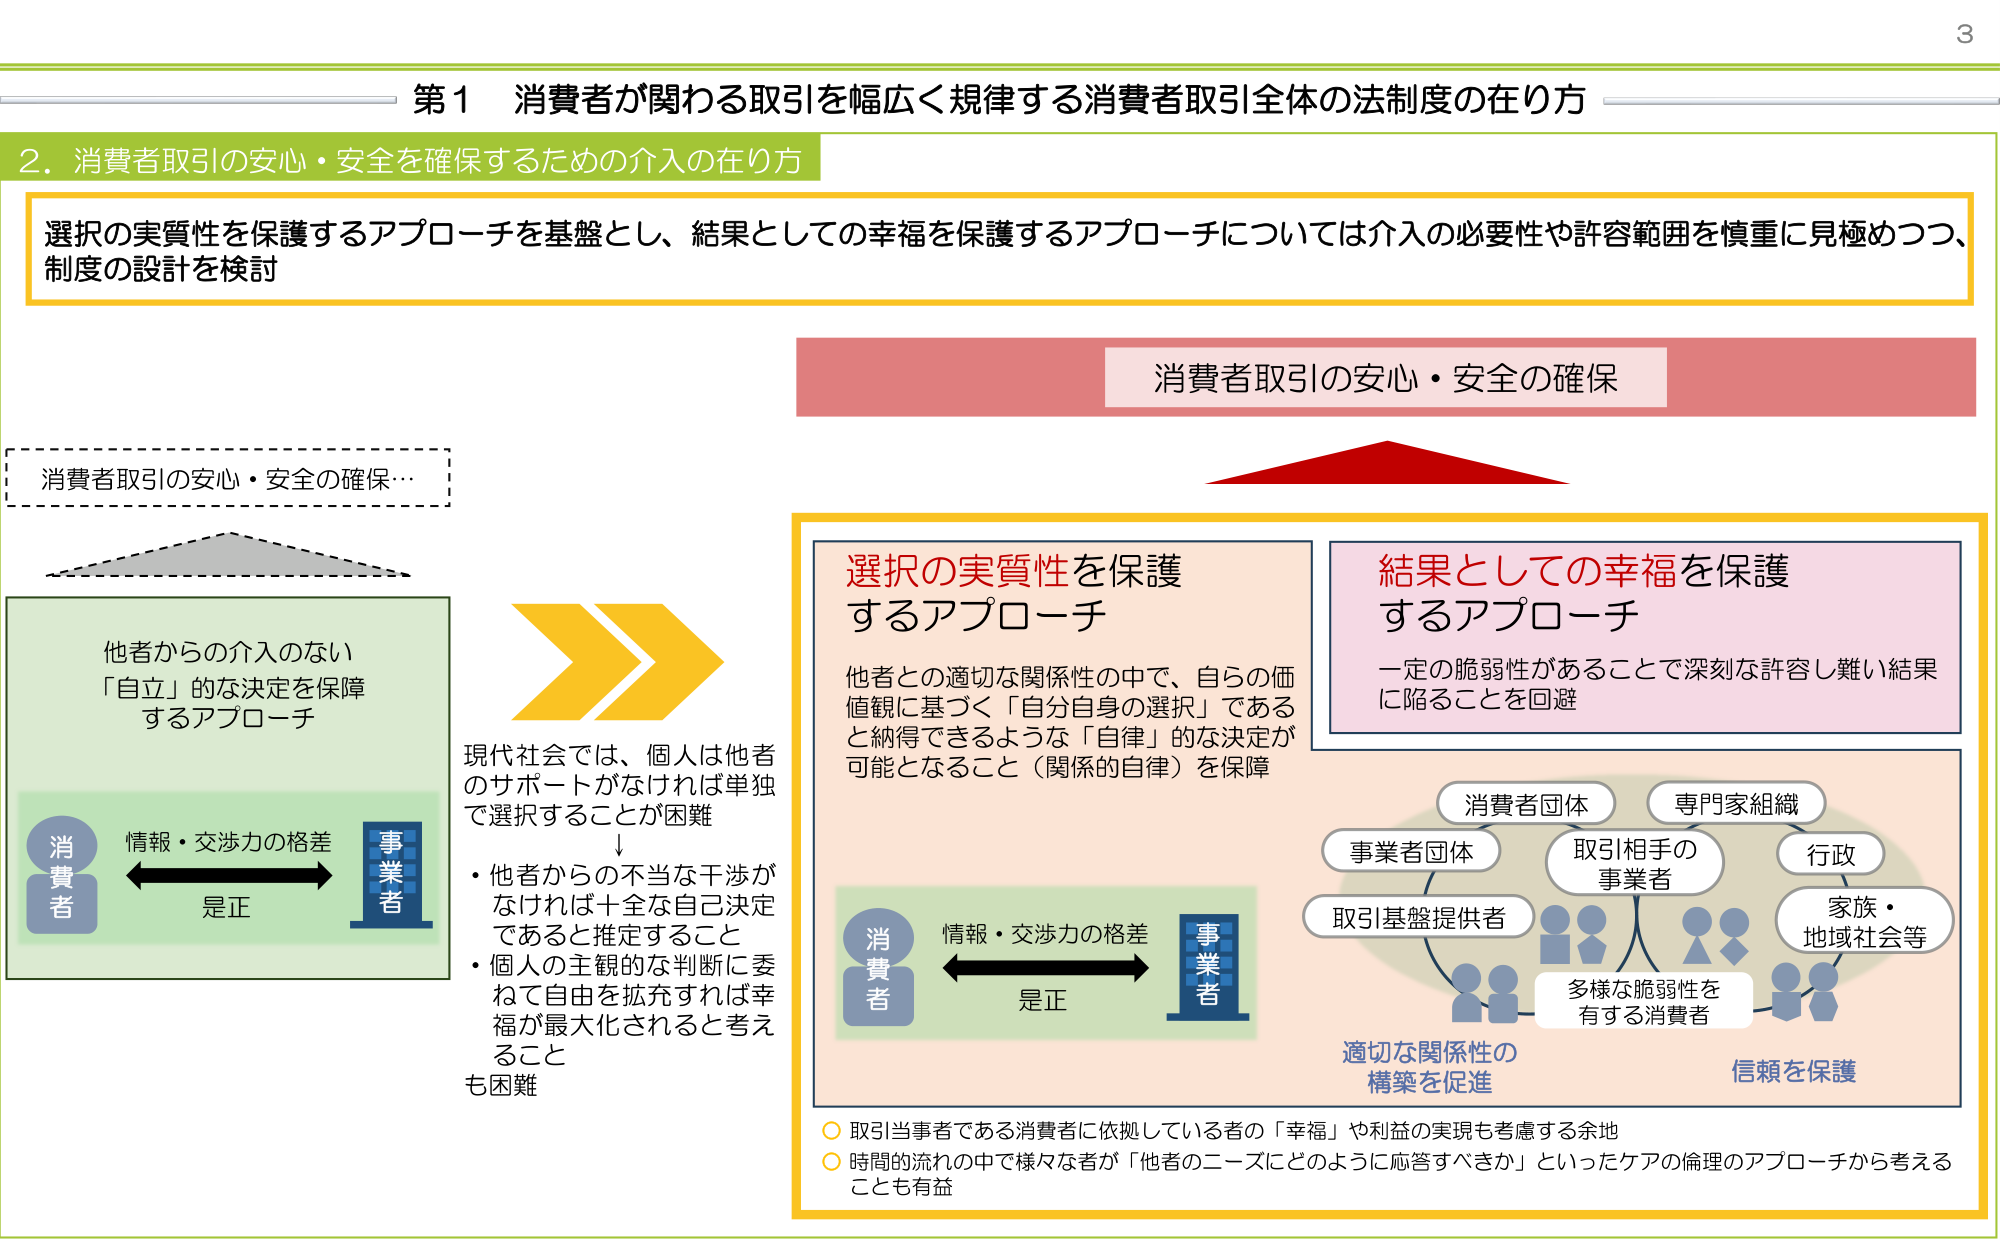
第1 消費者が関わる取引を幅広く規律する消費者取引全体の法制度の在り方

2. 消費者取引の安心・安全を確保するための介入の在り方

選択の実質性を保護するアプローチを基盤とし、結果としての幸福を保護するアプローチについては介入の必要性や許容範囲を慎重に見極めつつ、制度の設計を検討

消費者取引の安心・安全の確保

消費者取引の安心・安全の確保…

他者からの介入のない
「自立」的な決定を保障
するアプローチ

情報・交渉力の格差
是正

消費者
事業者

現代社会では、個人は他者
のサポートがなければ単独
で選択することが困難
↓
・他者からの不当な干渉が
なければ十全な自己決定
であると推定すること
・個人の主観的な判断に委
ねて自由を拡充すれば幸
福が最大化されると考え
ること
も困難

選択の実質性を保護
するアプローチ

他者との適切な関係性の中で、自らの価
値観に基づく「自分自身の選択」である
と納得できるような「自律」的な決定が
可能となること（関係的自律）を保障

結果としての幸福を保護
するアプローチ

一定の脆弱性があることで深刻な許容し難い結果
に陥ることを回避

消費者
情報・交渉力の格差
是正
事業者

消費者団体
専門家組織
事業者団体
取引相手の
事業者
行政
取引基盤提供者
家族・
地域社会等
多様な脆弱性を
有する消費者

適切な関係性の
構築を促進
信頼を保護

○ 取引当事者である消費者に依拠している者の「幸福」や利益の実現も考慮する余地
○ 時間の流れの中で様々な者が「他者のニーズにどのように応答すべきか」といったケアの倫理的アプローチから考えることも有益